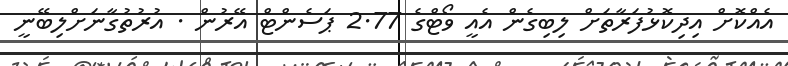
އެއްކޮށް އިދިކޮޅުފަރާތަށް ލިބިގެން އެއީ ވޯޓްގެ 2.77 ޕަސެންޓް އޭރުން . އުރުތުގާނަށްލިބޭނީ